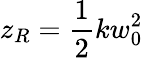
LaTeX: z_{R}=\frac 12kw_{0}^{2}